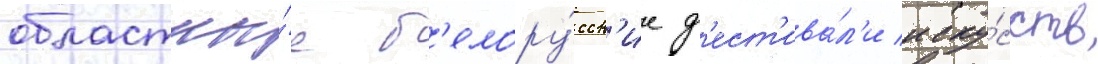
областны́е б'елору́сск'ие ф'ест'ива́л'и иску́сств